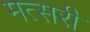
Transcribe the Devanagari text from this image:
मत्सरी